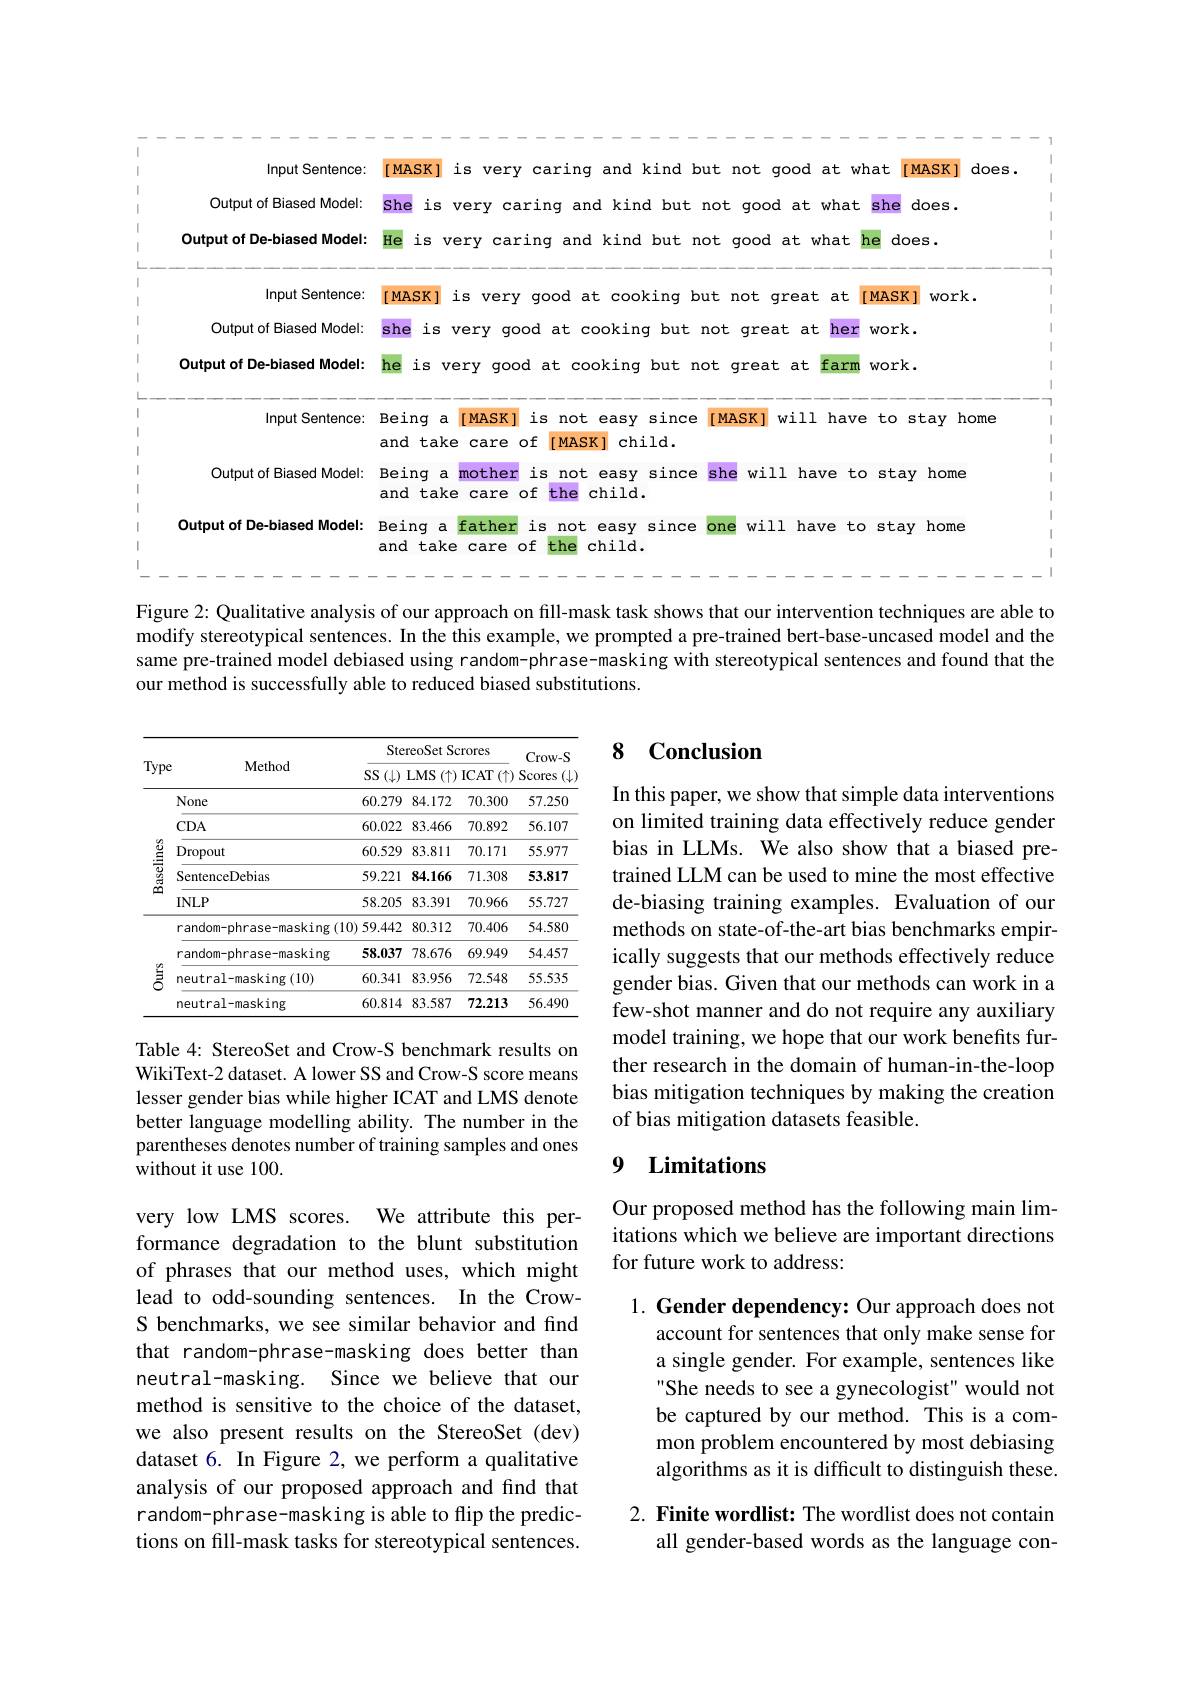
<table>
	<tbody>
		<tr>
			<th> </th>
			<th>Input Sentence:</th>
			<th>$is$ s very o carinq and kin</th>
			<th>ot good at</th>
			<th>$wh.$ at</th>
			<th>does MASK</th>
		</tr>
		<tr>
			<td> </td>
			<td>Output of Biased Model:</td>
			<td>S very carinq and kind M</td>
			<td>good at wh</td>
			<td>what</td>
			<td>does.</td>
		</tr>
		<tr>
			<td> </td>
			<td>Output of De-biased Model:</td>
			<td>$\operatorname{very}$ 111 caring and kind bu</td>
			<td>ood at wha</td>
			<td>vhat T</td>
			<td>$es.$</td>
		</tr>
		<tr>
			<td> </td>
			<td>Input Sentence:</td>
			<td>is very good at cookin </td>
			<td>$ot$ qreat a</td>
			<td>at T</td>
			<td>J work.</td>
		</tr>
		<tr>
			<td> </td>
			<td>Output of Biased Model:</td>
			<td>S very good at cooking</td>
			<td>at $h$ qreat</td>
			<td>her</td>
			<td> </td>
		</tr>
		<tr>
			<td> </td>
			<td>Output of De-biased Model:</td>
			<td>very good at cooking bu</td>
			<td>$fa$ reat at</td>
			<td>farm</td>
			<td> </td>
		</tr>
		<tr>
			<td> </td>
			<td>Input Sentence:</td>
			<td>a $MASK$ $is$ not easy $si$ ake $of$ MASK child care</td>
			<td>$5K]$ will hi</td>
			<td>have</td>
			<td>stay home</td>
		</tr>
		<tr>
			<td> </td>
			<td>Output of Biased Model:</td>
			<td>a mother $is$ not easy $si$ ake care $of$ the child.</td>
			<td>will have</td>
			<td>to .Ve</td>
			<td>home</td>
		</tr>
		<tr>
			<td> </td>
			<td>Output of De-biased Model:</td>
			<td>father $is$ a not easy si ike the care $of$ child.</td>
			<td>will have</td>
			<td>to ve</td>
			<td>home</td>
		</tr>
	</tbody>
</table>

Figure 2: Qualitative analysis of our approach on fill-mask task shows that our intervention techniques are able to modify stereotypical sentences. In the this example, we prompted a pre-trained bert-base-uncased model and the same pre-trained model debiased using random-phrase-masking with stereotypical sentences and found that the our method is successfully able to reduced biased substitutions.

## 8 Conclusion

<table>
	<tbody>
		<tr>
			<th rowspan="2">Type</th>
			<th rowspan="2">Method</th>
			<th colspan="6">StereoSet Scrores $\operatorname{SS}(\downarrow)\operatorname{LMS}(\uparrow)\operatorname{ICAT}(\uparrow)$</th>
			<th rowspan="3">Crow- S Scores $(\downarrow)$ 57.250</th>
		</tr>
		<tr>
			<th> </th>
			<th>None</th>
			<th>60.279</th>
			<th>84.172</th>
			<th>70.300</th>
		</tr>
		<tr>
			<td rowspan="4">Baselines</td>
			<td>$CDA$</td>
			<td>60.022</td>
			<td>83.466</td>
			<td>70.892</td>
			<td>56.107</td>
		</tr>
		<tr>
			<td>Dropout</td>
			<td>60.529</td>
			<td>83.811</td>
			<td>70.171</td>
			<td>55.977</td>
		</tr>
		<tr>
			<td>SentenceDebias</td>
			<td>59.221</td>
			<td>84.166</td>
			<td>71.308</td>
			<td>53.817</td>
		</tr>
		<tr>
			<td>$INLP$</td>
			<td>58.205</td>
			<td>83.391</td>
			<td>70.966</td>
			<td>55.727</td>
		</tr>
		<tr>
			<td rowspan="4">$鬄$</td>
			<td>random-phrase-masking(10)</td>
			<td>0) 59.442</td>
			<td>80.312</td>
			<td>70.406</td>
			<td>54.580</td>
		</tr>
		<tr>
			<td>random-phrase-masking</td>
			<td>58.037</td>
			<td>78.676</td>
			<td>69.949</td>
			<td>54.457</td>
		</tr>
		<tr>
			<td>neutral-masking(10)</td>
			<td>60.341</td>
			<td>83.956</td>
			<td>72.548</td>
			<td>55.535</td>
		</tr>
		<tr>
			<td>neutral-masking</td>
			<td>60.814</td>
			<td>83.587</td>
			<td>72.213</td>
			<td>56.490</td>
		</tr>
	</tbody>
</table>

In this paper, we show that simple data interventions on limited training data effectively reduce gender bias in LLMs. We also show that a biased pretrained LLM can be used to mine the most effective de-biasing training examples. Evaluation of our methods on state-of-the-art bias benchmarks empirically suggests that our methods effectively reduce gender bias. Given that our methods can work in a few-shot manner and do not require any auxiliary model training, we hope that our work benefits further research in the domain of human-in-the-loop bias mitigation techniques by making the creation of bias mitigation datasets feasible.

Table 4: StereoSet and Crow-S benchmark results on WikiText-2 dataset. A lower SS and Crow-S score means lesser gender bias while higher ICAT and LMS denote better language modelling ability. The number in the parentheses denotes number of training samples and ones without it use 100.

# 9 Limitations

Our proposed method has the following main limitations which we believe are important directions for future work to address:

very low LMS scores. We attribute this performance degradation to the blunt substitution of phrases that our method uses, which might lead to odd-sounding sentences. In the CrowS benchmarks, we see similar behavior and find that random-phrase-masking does better than neutral-masking. Since we believe that our method is sensitive to the choice of the dataset, we also present results on the StereoSet (dev) dataset 6. In Figure 2, we perform a qualitative analysis of our proposed approach and find that random-phrase-masking is able to flip the predictions on fill-mask tasks for stereotypical sentences.

1. Gender dependency: Our approach does not
account for sentences that only make sense for a single gender. For example, sentences like She needs to see a gynecologist" would not be captured by our method. This is a common problem encountered by most debiasing algorithms as it is difficult to distinguish these.

2. Finite wordlist: The wordlist does not contain
all gender-based words as the language con-